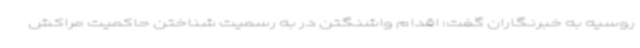
روسیه به خبرنگاران گفت: اقدام واشنگتن در به رسمیت شناختن حاکمیت مراکش